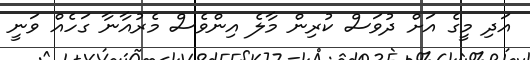
އަދި މީގެ އަށް ދުވަސް ކުރިން މާލެ އިންވެސް މެރުއާނާ ގަހެއް ވަނީ